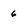
Character: 6